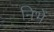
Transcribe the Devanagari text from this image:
निभें